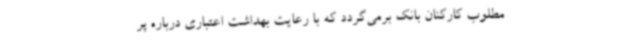
مطلوب کارکنان بانک برمی‌گردد که با رعایت بهداشت اعتباری درباره پر